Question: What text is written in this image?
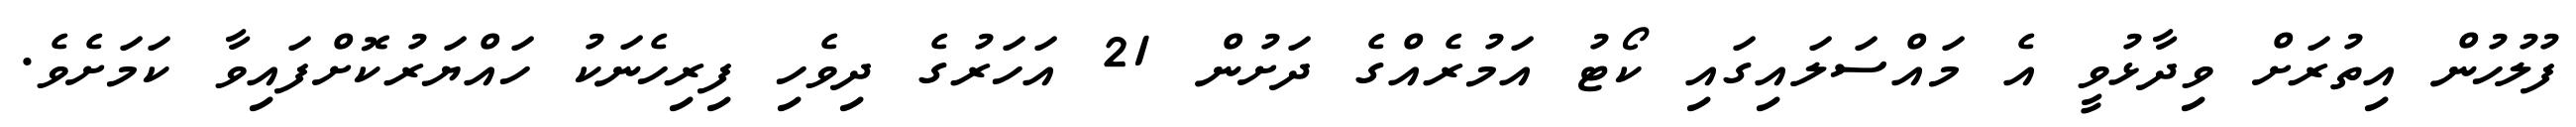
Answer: ފުލުހުން އިތުރަށް ވިދާޅުވީ އެ މައްސަލައިގައި ކޯޓު އަމުރެއްގެ ދަށުން 21 އަހަރުގެ ދިވެހި ފިރިހެނަކު ހައްޔަރުކޮށްފައިވާ ކަމަށެވެ.